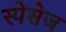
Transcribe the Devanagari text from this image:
स्पेसेज